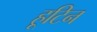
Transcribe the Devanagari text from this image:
हूटिन